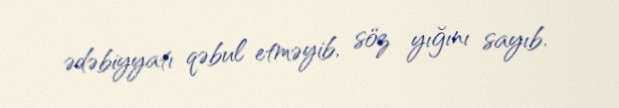
ədəbiyyatı qəbul etməyib, söz yığını sayıb.